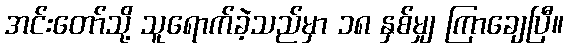
အင်းတော်သို့ သူရောက်ခဲ့သည်မှာ ၁၈ နှစ်မျှ ကြာချေပြီ။